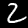
Label: 2